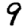
Digit: 9